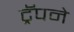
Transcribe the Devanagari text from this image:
ट्रॅपने